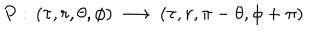
{ P : \, ( { \tau } , r , { \theta } , { \phi } ) \, \longrightarrow \, ( { \tau } , r , { \pi } - { \theta } , { \phi } + { \pi } ) }